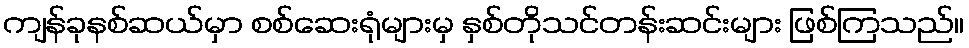
ကျန်ခုနစ်ဆယ်မှာ စစ်ဆေးရုံများမှ နှစ်တိုသင်တန်းဆင်းများ ဖြစ်ကြသည်။